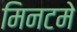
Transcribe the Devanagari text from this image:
मिनटमे